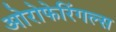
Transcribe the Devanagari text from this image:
ओरोफेरिंगल्स